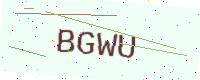
Text: BGWU